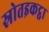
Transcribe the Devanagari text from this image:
स्रोतइकट्ठा